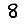
Digit: 8